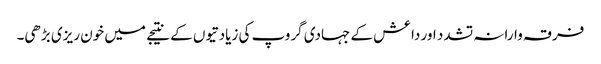
فرقہ وارانہ تشدد اور داعش کے جہادی گروپ کی زیادتیوں کے نتیجے میں خون ریزی بڑھی۔